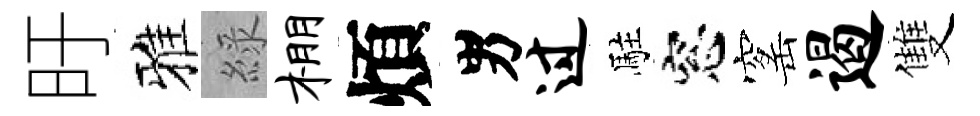
旴雅綠棚煩男过駐窓窰遏雙